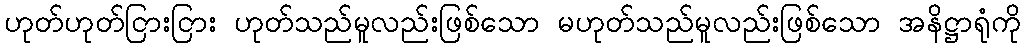
ဟုတ်ဟုတ်ငြားငြား ဟုတ်သည်မူလည်းဖြစ်သော မဟုတ်သည်မူလည်းဖြစ်သော အနိဋ္ဌာရုံကို